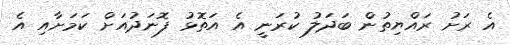
އެ ރަށު ރައްޔިތުން ބަދަލު ކުރަނީ އެ އަތޮޅު ފޮނަދުއަށް ކަމަށާއި އެ